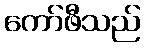
ကော်ဖီသည်